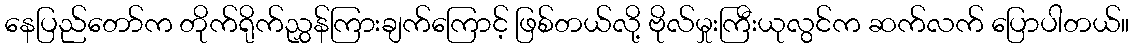
နေပြည်တော်က တိုက်ရိုက်ညွှန်ကြားချက်ကြောင့် ဖြစ်တယ်လို့ ဗိုလ်မှုးကြီးယုလွင်က ဆက်လက် ပြောပါတယ်။